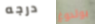
درجه بولدوغ